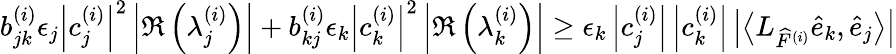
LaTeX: b_{jk}^{(i)}\epsilon_{j}\left|c_{j}^{(i)}\right|^{2}\left|\Re\left(\lambda_{j}^{(i)}\right)\right|+b_{kj}^{(i)}\epsilon_{k}\left|c_{k}^{(i)}\right|^{2}\left|\Re\left(\lambda_{k}^{(i)}\right)\right|\geq\epsilon_{k}\left|c_{j}^{(i)}\right|\left|c_{k}^{(i)}\right|\left|\left\langle L_{\widehat{F}^{(i)}}\widehat{e}_{k},\widehat{e}_{j}\right\rangle\right|